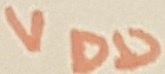
Text: VDD